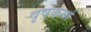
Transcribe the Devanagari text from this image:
वृषकर्मा